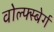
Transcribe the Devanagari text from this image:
वोल्फ्स्बेर्ग